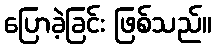
ပြောခဲ့ခြင်း ဖြစ်သည်။